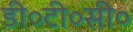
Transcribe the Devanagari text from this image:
डी०टी०सी०